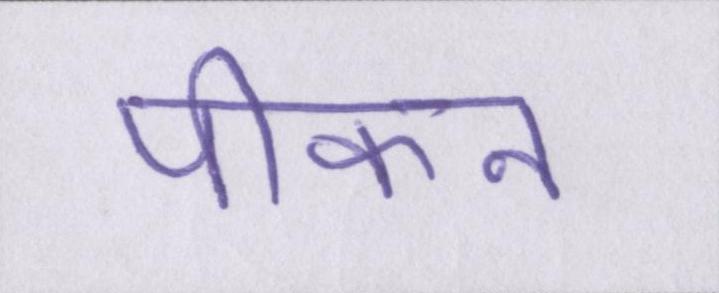
पीकन